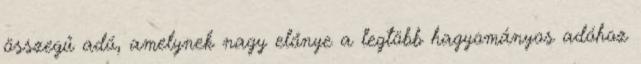
összegű adó, amelynek nagy előnye a legtöbb hagyományos adóhoz